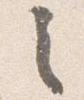
之